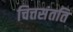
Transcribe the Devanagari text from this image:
चित्तसंतति